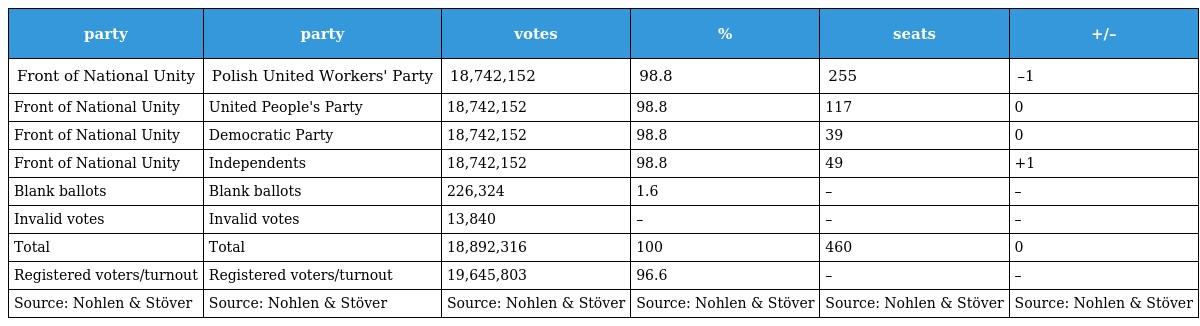
| party | party | votes | % | seats | +/– |
 | --- | --- | --- | --- | --- | --- |
 | Front of National Unity | Polish United Workers' Party | 18,742,152 | 98.8 | 255 | –1 |
 | Front of National Unity | United People's Party | 18,742,152 | 98.8 | 117 | 0 |
 | Front of National Unity | Democratic Party | 18,742,152 | 98.8 | 39 | 0 |
 | Front of National Unity | Independents | 18,742,152 | 98.8 | 49 | +1 |
 | Blank ballots | Blank ballots | 226,324 | 1.6 | – | – |
 | Invalid votes | Invalid votes | 13,840 | – | – | – |
 | Total | Total | 18,892,316 | 100 | 460 | 0 |
 | Registered voters/turnout | Registered voters/turnout | 19,645,803 | 96.6 | – | – |
 | Source: Nohlen & Stöver | Source: Nohlen & Stöver | Source: Nohlen & Stöver | Source: Nohlen & Stöver | Source: Nohlen & Stöver | Source: Nohlen & Stöver |